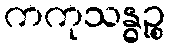
ကကုသန္ဓဉ္စ